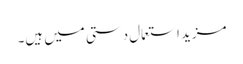
مزید استعمال دستی میں ہیں۔